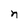
Character: n